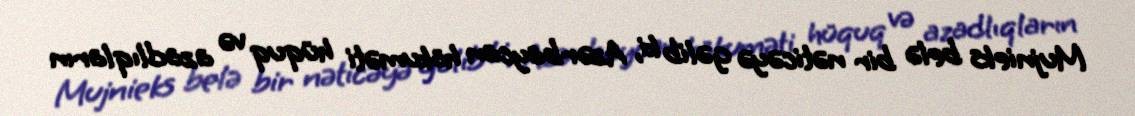
Mujnieks belə bir nəticəyə gəlib ki, Azərbaycan hökuməti hüquq və azadlıqların